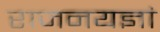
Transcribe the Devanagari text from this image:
राजनयज्ञां